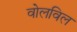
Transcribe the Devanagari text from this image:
वोलविल